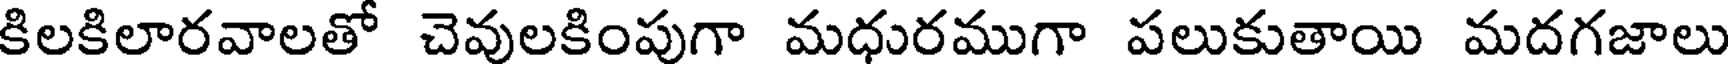
కిలకిలారవాలతో చెవులకింపుగా మధురముగా పలుకుతాయి మదగజాలు